Civil Veterinary Department. Madras. Admin. report 1910-25 - 1910-1925
Year: 1910
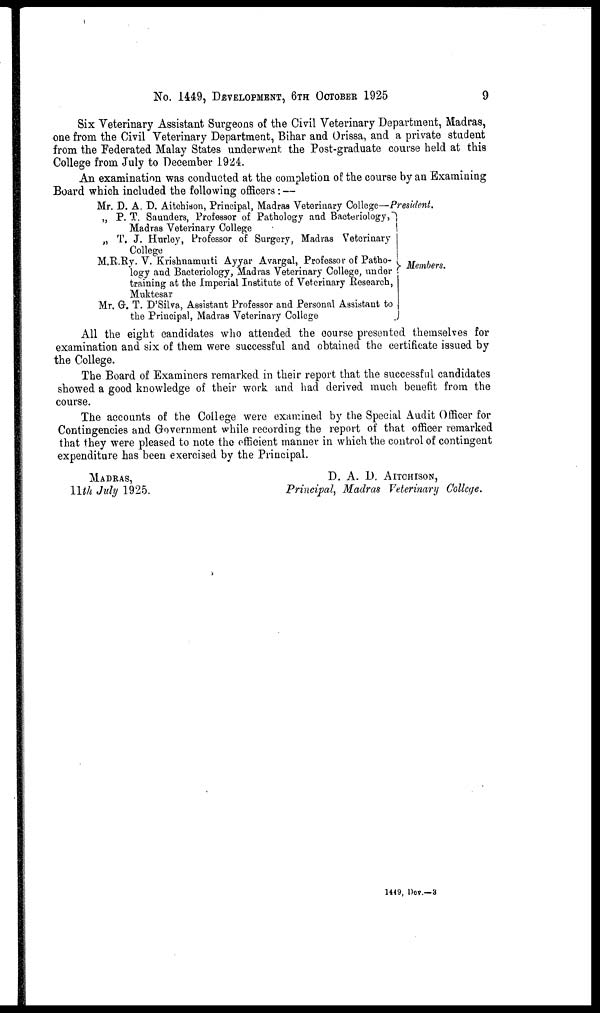
No. 1449, DEVELOPMENT, 6TH OCTOBER 1925
9
Six Veterinary Assistant Surgeons of the Civil Veterinary Department, Madras,
one from the Civil Veterinary Department, Bihar and Orissa, and a private student
from the Federated Malay States underwent the Post-graduate course held at this
College from July to December 1944.
An examination was conducted at the completion of the course by an Examining
Board which included the following officers:—
Mr. D. A. D. Aitchison, Principal, Madras Veterinary College—President.
„ P. T. Saunders, Professor of Pathology and Bacteriology,
Madras Veterinary College
„ T. J. Hurley, Professor of Surgery, Madras Veterinary
College
M.R.Ry. V. Krishnamuiti Ayyar Avargal, Professor of Patho-
logy and Bacteriology, Madras Veterinary College, under
training at the Imperial Institute of Veterinary Research,
Muktesar
Mr. G. T. D'Silva, Assistant Professor and Personal Assistant to
the Principal, Madras Veterinary College
Members.
All the eight candidates who attended the course presented themselves for
examination and six of them were successful and obtained the certificate issued by
the College.
The Board of Examiners remarked in their report that the successful candidates
showed a good knowledge of their work and had derived much benefit from the
course.
The accounts of the College were examined by the Special Audit Officer for
Contingencies and Government while recording the report of that officer remarked
that they were pleased to note the efficient manner in which the control of contingent
expenditure has been exercised by the Principal.
MADRAS,
11th July 1925.
D. A. D. AITCHISON,
Principal, Madras Veterinary College.